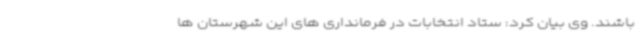
باشند. وی بیان کرد: ستاد انتخابات در فرمانداری های این شهرستان ها